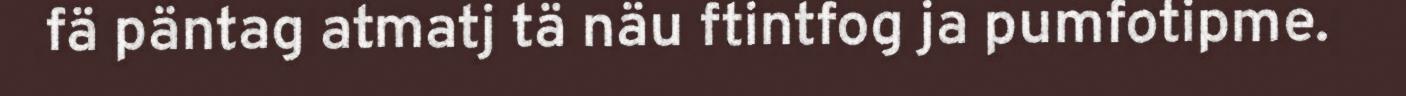
fä päntag atmatj tä näu ftintfog ja pumfotipme.